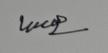
Signature authenticity: genuine